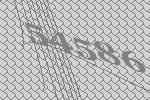
54586